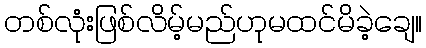
တစ်လုံးဖြစ်လိမ့်မည်ဟုမထင်မိခဲ့ချေ။